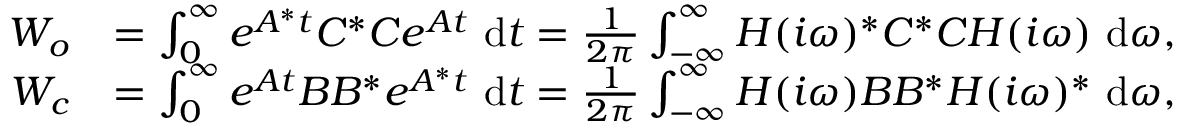
\begin{array} { r l } { \b { W _ { o } } } & { = \int _ { 0 } ^ { \infty } e ^ { \b { A } ^ { * } t } \b { C } ^ { * } \b { C } e ^ { \b { A } t } ~ \mathrm { d } t = \frac { 1 } { 2 \pi } \int _ { - \infty } ^ { \infty } \b { H } ( i \omega ) ^ { * } \b { C } ^ { * } \b { C } \b { H } ( i \omega ) ~ \mathrm { d } \omega , } \\ { \b { W _ { c } } } & { = \int _ { 0 } ^ { \infty } e ^ { \b { A } t } \b { B } \b { B } ^ { * } e ^ { \b { A } ^ { * } t } ~ \mathrm { d } t = \frac { 1 } { 2 \pi } \int _ { - \infty } ^ { \infty } \b { H } ( i \omega ) \b { B } \b { B } ^ { * } \b { H } ( i \omega ) ^ { * } ~ \mathrm { d } \omega , } \end{array}